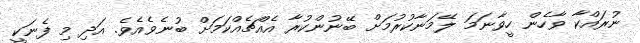
ނުރައްކާ ވާހެން ހީވާނަމަ ލޭމަނާކުރުމަށް ބޭނުންކުރާ އެއްޗެއްކަމަށް ބުނެވެއެވެ. އަދި މި ފެނަކީ